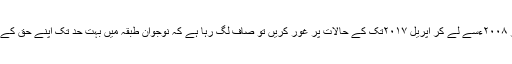
اگرچہ یہ سلسلہ برابر ۱۹۸۹ءسے جاری ہے تاہم اگر ۲۰۰۸ءسے لے کر اپریل ۲۰۱۷تک کے حالات پر غور کریں تو صاف لگ رہا ہے کہ نوجوان طبقہ میں بہت حد تک اپنے حق کے تئیں جذبہ آزادی میں شدت محسوس کی جا رہی ہے۔